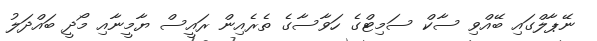
ނޭޕާލްގައި ބޭއްވި ސާކް ސަމިޓްގެ ހަވާސާގެ ތެރެއިން ރައީސް ޔާމީނާއި މޯދީ ބައްދަލު